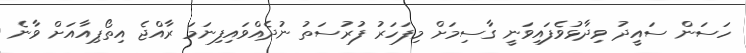
ހަސަން ސައީދު ވިދާޅުވެފައިވަނީ ގާސިމަށް މިފަހަރު ފުރުސަތު ނުދެއްވައިފިނަމަ ރާއްޖެ އިތޯޕިއާއަށް ވާނެ